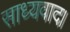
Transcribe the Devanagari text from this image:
साध्यवाद।